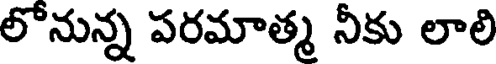
లోనున్న పరమాత్మ నీకు లాలి